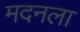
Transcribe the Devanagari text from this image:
मदनला